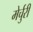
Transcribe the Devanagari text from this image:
मेर्चुरी